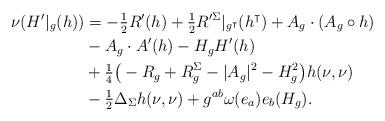
LaTeX: \begin{align*}\nu (H'|_g(h))& = - \tfrac{1}{2} R'(h) + \tfrac{1}{2} R'^\Sigma|_{g^\intercal} (h^\intercal) + A_g \cdot (A_g \circ h) \\&- A_g \cdot A'(h) -H_g H'(h) \\&+ \tfrac{1}{4}\big( - R_g +R^\Sigma_g - |A_g|^2 - H_{g}^2\big)h(\nu, \nu)\\&- \tfrac{1}{2}\Delta_\Sigma h(\nu, \nu) + g^{ab} \omega (e_a) e_b(H_g).\end{align*}